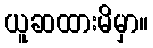
ယူဆထားမိမှာ။